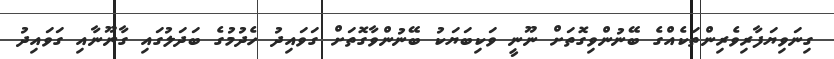
ގިނަވިޔަފާރިވެރިންތަކެއްގެ ބޭނުންވިގޮތަށް ނޫނީ ވަކިބަޔަކު ބޭނުންވާގޮތަށްް ގަވައިދު ހެދުމުގެ ބަދަލުގައި ގާނޫނާއި ގަވައިދު